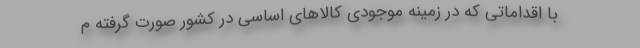
با اقداماتی که در زمینه موجودی کالاهای اساسی در کشور صورت گرفته م